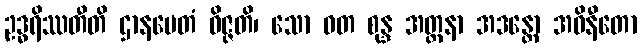
ဥဒ္ဓရိဿတီတိ ဌာနမေတံ ဝိဇ္ဇတိ၊ သော ဝတ စုန္ဒ အတ္တနာ အဒန္တော အဝိနီတော